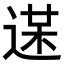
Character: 𨔋